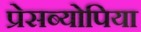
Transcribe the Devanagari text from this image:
प्रेसब्योपिया